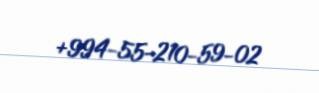
+994-55-210-59-02